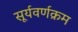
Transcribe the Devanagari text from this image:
सूर्यवर्णक्रम